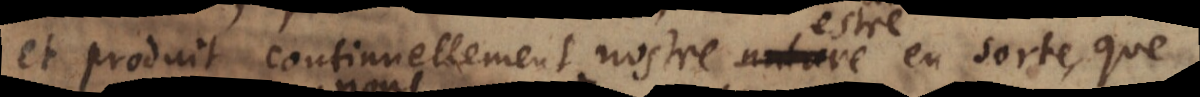
et produit continuellement nostre nature en sorte, qu